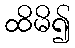
ထိမိ၍